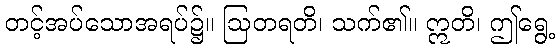
တင့်အပ်သောအရပ်၌။ ဩတရတိ၊ သက်၏။ ဣတိ၊ ဤရွေ့